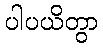
ပါပယိတွာ